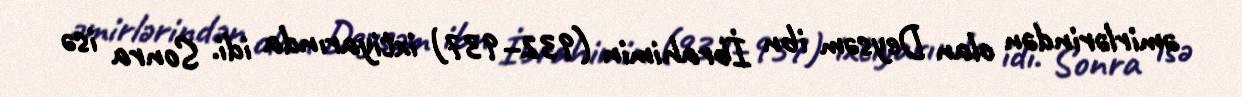
əmirlərindən olan Deysəm ibn İbrahimin (932–937) ixtiyarında idi. Sonra isə